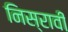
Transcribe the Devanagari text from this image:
निस्रावी